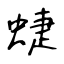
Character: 蜨